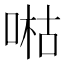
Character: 喖